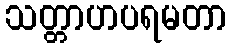
သတ္တာဟပရမတာ